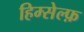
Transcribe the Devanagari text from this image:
हिम्सेल्फ़